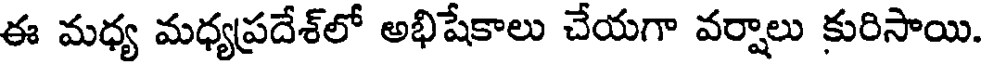
ఈ మధ్య మధ్యప్రదేశ్లో అభిషేకాలు చేయగా వర్షాలు కురిసాయి.